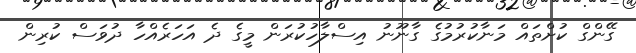
ގޭންގް ކުށްތައް މަނާކުރުމުގެ ގާނޫނު އިސްލާހުކުރަން މީގެ ދެ އަހަރެއްހާ ދުވަސް ކުރިން